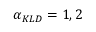
\alpha _ { K L D } = 1 , 2